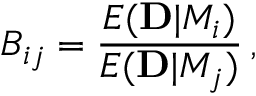
B _ { i j } = { \frac { E ( { \bf D } | { \cal M } _ { i } ) } { E ( { \bf D } | { \cal M } _ { j } ) } } \, ,